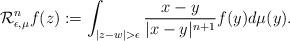
LaTeX: \begin{align*}\mathcal{R}^{n}_{\epsilon,\mu}f(z):=\int_{|z-w|>\epsilon}\frac{x-y}{|x-y|^{n+1}}f(y)d\mu(y).\end{align*}